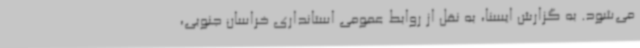
می‌شود. به گزارش ایسنا، به نقل از روابط عمومی استانداری خراسان جنوبی،